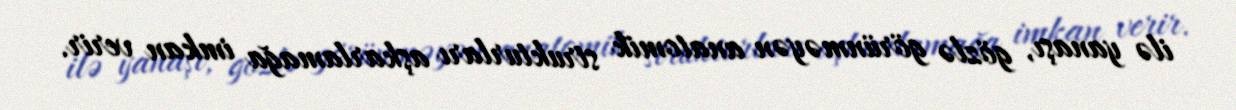
ilə yanaşı, gözlə görünməyən anatomik strukturları aşkarlamağa imkan verir.